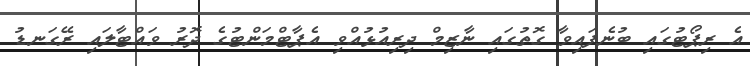
އެ ރިޕޯޓުގައި ބުނެފައިވާ ގޮތުގައި ނާޒިމް ދިރިއުޅުއްވި އެޕާޓްމަންޓުގެ ދޮރު ވައްޓާލައި ރޭގަނޑު